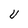
Character: U